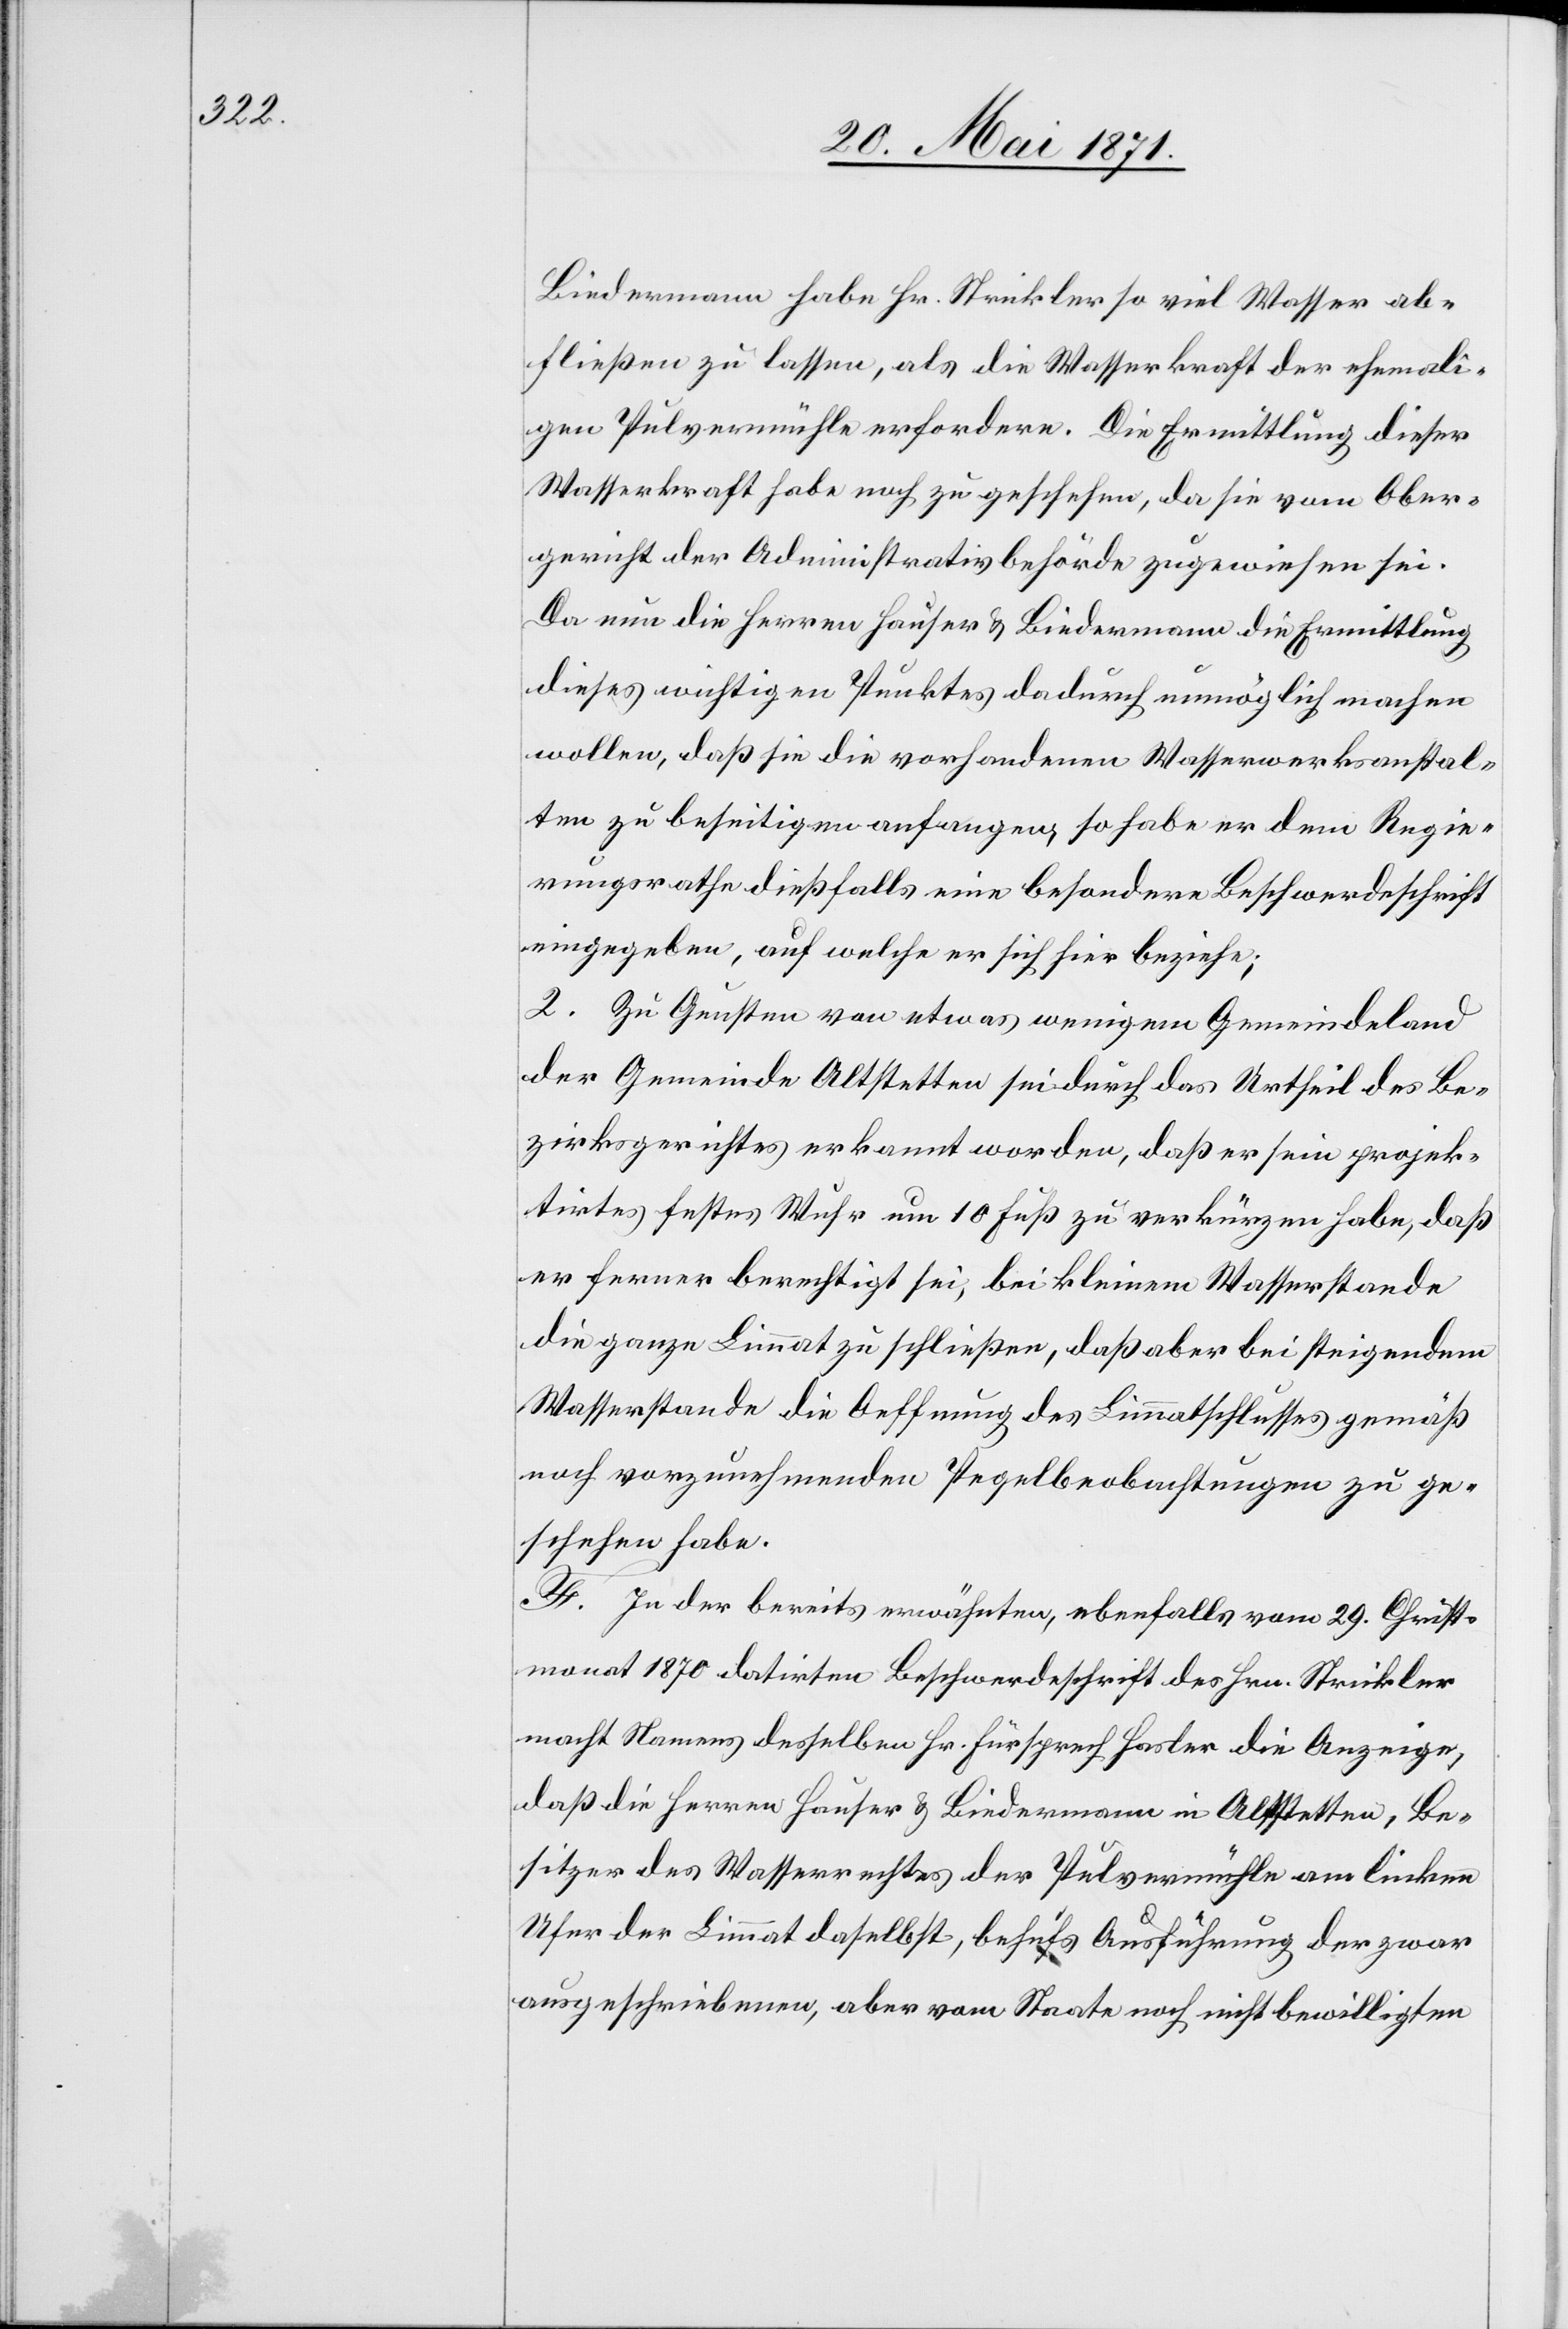
Biedermann habe Hr. Strickler so viel Wasser ab¬
fließen zu lassen, als die Wasserkraft der ehemali¬
gen Pulvermühle erfordere. Die Ermittlung dieser
Wasserkraft habe noch zu geschehen, da sie vom Ober¬
gericht der Administrativbehörde zugewiesen sei.
Da nun die Herren Hauser u. Biedermann die Ermittlung
dieses wichtigen Punktes dadurch unmöglich machen
wollen, daß sie die vorhandenen Wasserwerksanstal¬
ten zu beseitigen anfangen, so habe er dem Regie¬
rungsrathe dießfalls eine besondere Beschwerdeschrift
eingegeben, auf welche er sich hier beziehe;
2. Zu Gunsten von etwas wenigem Gemeindeland
der Gemeinde Altstetten sei durch das Urtheil des Be¬
zirksgerichtes erkannt worden, daß er sein projek¬
tirtes festes Wuhr um 10 Fuß zu verkürzen habe, daß
er ferner berechtigt sei; bei kleinem Wasserstande
die ganze Limmat zu schließen, daß aber bei steigendem
Wasserstande die Oeffnung des Limmatschlusses gemäß
noch vorzunehmenden Pegelbeobachtungen zu ge¬
schehen habe.
F. In der bereits erwähnten, ebenfalls vom 29. Christ¬
monat 1870 datirten Beschwerdeschrift des Hrn. Strickler
macht Namens desselben Hr. Fürsprech Hasler die Anzeige,
daß die Herren Hauser u. Biedermann in Altstetten, Be¬
sitzer des Wasserrechtes der Pulvermühle am linken
Ufer der Limmat daselbst, behufs Ausführung der zwar
ausgeschriebenen, aber vom Staate noch nicht bewilligten